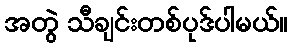
အတွဲ သီချင်းတစ်ပုဒ်ပါမယ်။